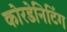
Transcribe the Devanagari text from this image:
कोरडेनिटिंग